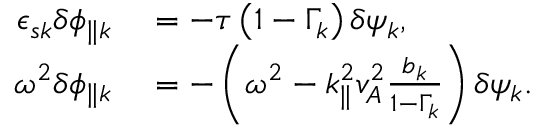
\begin{array} { r l } { \epsilon _ { s { k } } \delta \phi _ { \parallel { k } } } & { { } = - \tau \left( 1 - \Gamma _ { k } \right) \delta \psi _ { k } , } \\ { \omega ^ { 2 } \delta \phi _ { \parallel { k } } } & { { } = - \left( \omega ^ { 2 } - k _ { \parallel } ^ { 2 } v _ { A } ^ { 2 } \frac { b _ { k } } { 1 - \Gamma _ { k } } \right) \delta \psi _ { k } . } \end{array}